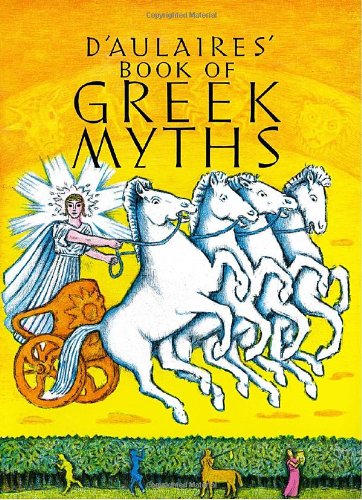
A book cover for D'Aulaires' Book of Greek Myths; Ingri d'Aulaire; Children's Books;